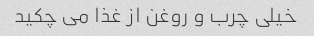
خیلی چرب و روغن از غذا مى چکید